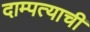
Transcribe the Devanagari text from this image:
दाम्पत्याची